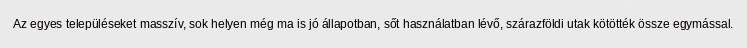
Az egyes településeket masszív, sok helyen még ma is jó állapotban, sőt használatban lévő, szárazföldi utak kötötték össze egymással.